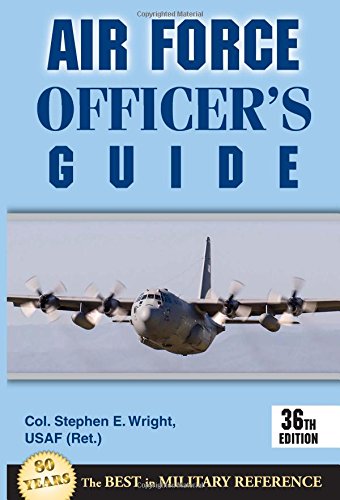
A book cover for Air Force Officer's Guide: 36th Edition; Stephen E. Wright; History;